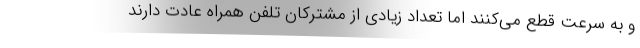
و به سرعت قطع می‌کنند اما تعداد زیادی از مشترکان تلفن همراه عادت دارند